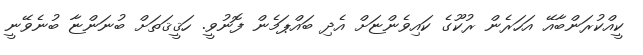
ކީއްކުރަންބާއޭ އަހަރެން ރުކޫގެ ކައިވެންޏަށް އެދި ބައްޕަމެން ފޮނުވީ. ހަޤީޤަތަށް ބުނަންޏާ ބުނެވޭނީ